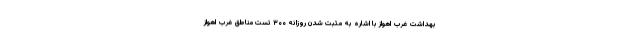
بهداشت غرب اهواز با اشاره به مثبت شدن روزانه ۳۰۰ تست مناطق غرب اهواز